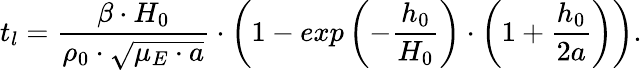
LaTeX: t_{l}=\frac{\beta\cdot H_{0}}{\rho_{0}\cdot\sqrt{\mu_{E}\cdot a}}\cdot\left(1-exp\left(-\frac{h_{0}}{H_{0}}\right)\cdot\left(1+\frac{h_{0}}{2a}\right)\right).